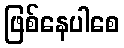
ဖြစ်နေပါစေ